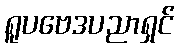
ရူပဗေဒပညာရှင်